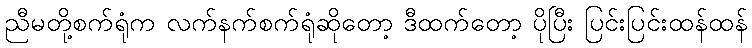
ညီမတို့စက်ရုံက လက်နက်စက်ရုံဆိုတော့ ဒီထက်တော့ ပိုပြီး ပြင်းပြင်းထန်ထန်